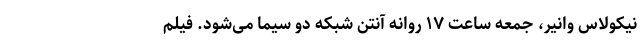
نیکولاس وانیر، جمعه ساعت ۱۷ روانه آنتن شبکه دو سیما می‌شود. فیلم